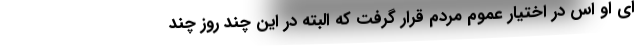
‌ای او اس در اختیار عموم مردم قرار گرفت که البته در این چند روز چند